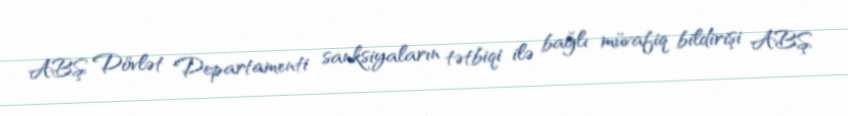
ABŞ Dövlət Departamenti sanksiyaların tətbiqi ilə bağlı müvafiq bildirişi ABŞ